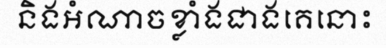
និងអំណាចខ្លាំងជាងគេនោះ